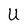
Character: U